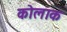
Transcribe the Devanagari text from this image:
कोलाक